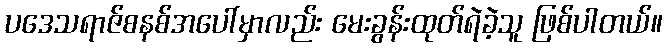
ပဒေသရာဇ်စနစ်အပေါ်မှာလည်း မေးခွန်းထုတ်ရဲခဲ့သူ ဖြစ်ပါတယ်။